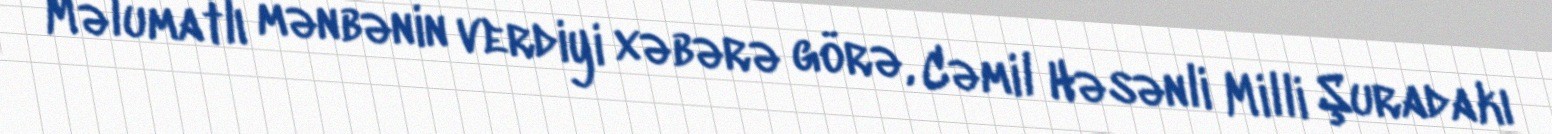
Məlumatlı mənbənin verdiyi xəbərə görə, Cəmil Həsənli Milli Şuradakı